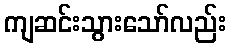
ကျဆင်းသွားသော်လည်း